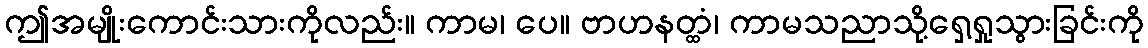
ဤအမျိုးကောင်းသားကိုလည်း။ ကာမ၊ ပေ။ ဗာဟနတ္ထံ၊ ကာမသညာသို့ရှေ့ရှုသွားခြင်းကို